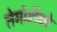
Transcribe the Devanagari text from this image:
तेमोशेंको